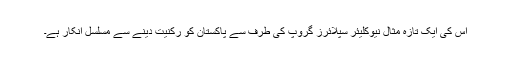
اس کی ایک تازہ مثال نیوکلیئر سپلائرز گروپ کی طرف سے پاکستان کو رکنیت دینے سے مسلسل انکار ہے۔